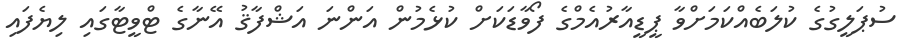
ސުޕަލީގުގެ ކުލަބެެއްކަމަށްވާ ޕީޑީއާރުއެމްގެ ފޯވާޑަކަށް ކުޅެމުން އަންނަ އަޝްފާޤު އޭނާގެ ޓްވީޓާގައި ލިޔެފައި